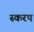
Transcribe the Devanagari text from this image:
स्करप